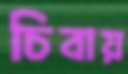
চিবায়